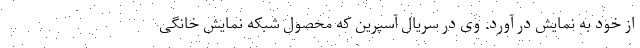
از خود به نمایش در آورد. وی در سریال آسپرین که محصول شبکه نمایش خانگی